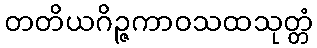
တတိယဂိဉ္ဇကာဝသထသုတ္တံ